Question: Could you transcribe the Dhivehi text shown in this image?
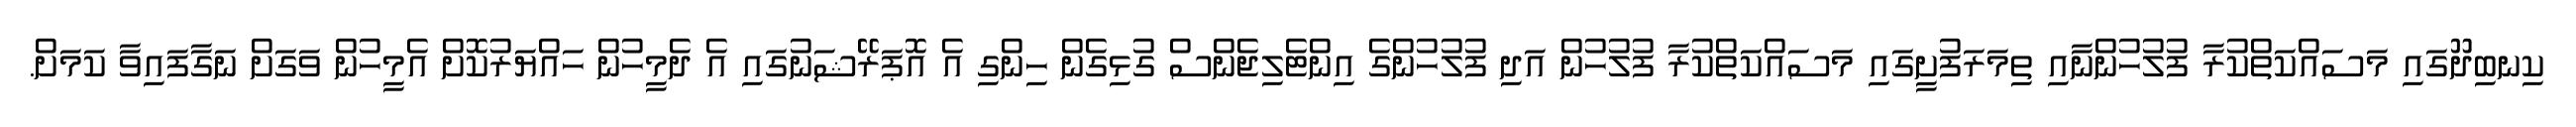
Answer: ކިނބިދޫގައި މަސައްކަތްކުރާ ފުލުހުންނާއި ތިމަރަފުށީގައި މަސައްކަތްކުރާ ފުލުހުން އަދި ފުލުހުންގެ އިންޓެލިޖެންސް ގުޅިގެން ހިންގި އެ އޮޕަރޭޝަނުގައި އެ ދެމީހުން ހައްޔަރުކޮށް އެމީހުން ވަގަށް ނަގާފައިވާ ކަމަށް.